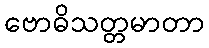
ဗောဓိသတ္တမာတာ